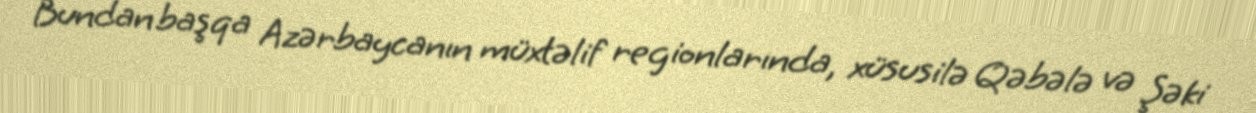
Bundan başqa Azərbaycanın müxtəlif regionlarında, xüsusilə Qəbələ və Şəki